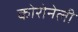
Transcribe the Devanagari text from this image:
कोरोनेली